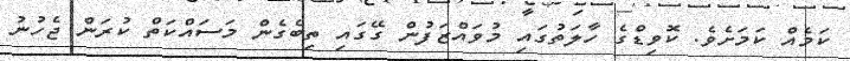
ކަމެއް ކަމަށެވެ. ކޮވިޑްގެ ހާލަތުގައި މުވައްޒަފުން ގޭގައި ތިބެގެން މަސައްކަތް ކުރަން ޖެހުނު